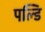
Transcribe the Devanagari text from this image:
पल्डि